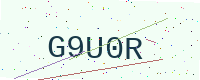
Text: G9U0R